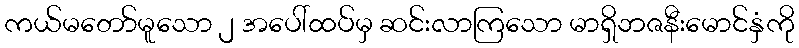
ကယ်မတော်မူသော ၂ အပေါ်ထပ်မှ ဆင်းလာကြသော မာရှိဘဇနီးမောင်နှံကို